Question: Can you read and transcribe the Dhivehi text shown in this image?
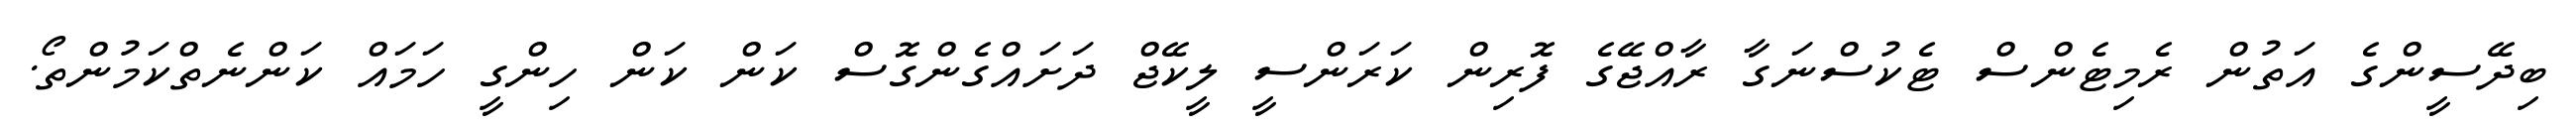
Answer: ބިދޭސީންގެ އަތުން ރެމިޓެންސް ޓެކުސްނަގާ ރާއްޖޭގެ ފޮރިން ކަރަންސީ ލީކޭޖް ދަށައްގެންގޮސް ކަން ކަން ހިންގީ ހަމައް ކަންނެތްކަމުންތޯ.